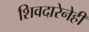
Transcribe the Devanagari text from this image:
शिवदारेनेही